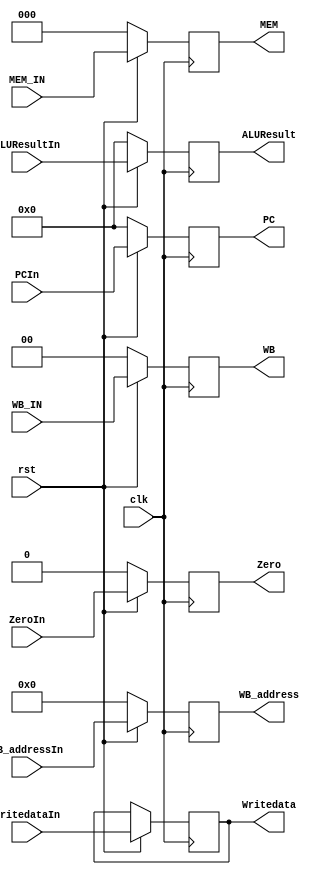
`timescale 1ns/1ps
module EXtoMEM (clk, rst, WB_IN, MEM_IN, PCIn, WritedataIn, ALUResultIn, ZeroIn, WB_addressIn,
                          WB,    MEM,    PC,    Writedata,   ALUResult,   Zero,   WB_address);
    input clk, rst, ZeroIn;
    input [1:0] WB_IN;   // {Regwrite,Memtoreg}
    input [2:0] MEM_IN;  // {Branch,Memread,Memwrite}
    input [31:0] PCIn, ALUResultIn, WritedataIn;
    input [4:0] WB_addressIn;

    output reg Zero;
    output reg [1:0] WB;
    output reg [2:0] MEM;
    output reg [31:0] PC,ALUResult, Writedata;
    output reg [4:0] WB_address;

    always @ (posedge clk) begin
        if (~rst) begin
        {WB, MEM, PC, ALUResult, Zero, WB_address} <= 0;
        end
        else begin
        WB <= WB_IN;
        MEM <= MEM_IN;
        PC <= PCIn;
        Writedata <= WritedataIn;
        ALUResult <= ALUResultIn;
        Zero <= ZeroIn;
        WB_address <= WB_addressIn;
        end
    end
    /*
    always @(*)begin
        $display("PC_p3 = %31b",
            PC
        );
    end
    */
endmodule